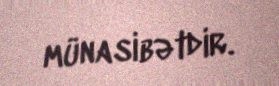
münasibətdir.